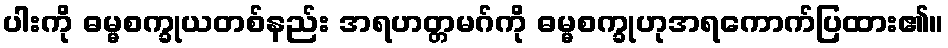
ပါးကို ဓမ္မစက္ခုယတစ်နည်း အရဟတ္တမဂ်ကို ဓမ္မစက္ခုဟုအရကောက်ပြထား၏။